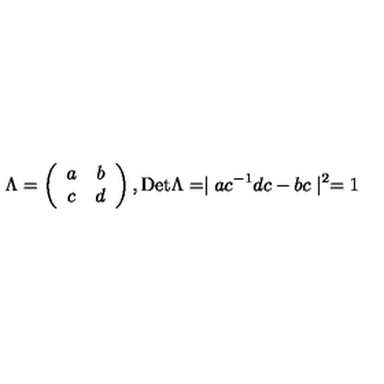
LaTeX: \Lambda = \left( \begin{array} { c c } { a } & { b } \\ { c } & { d } \\ \end{array} \right) , \mathrm { D e t } \Lambda = \mid a c ^ { - 1 } d c - b c \mid ^ { 2 } = 1